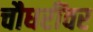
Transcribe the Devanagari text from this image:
चौधरींवर